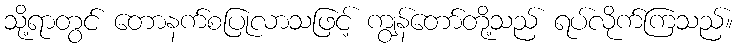
သို့ရာတွင် တောနက်စပြုလာသဖြင့် ကျွန်တော်တို့သည် ရပ်လိုက်ကြသည်။